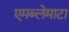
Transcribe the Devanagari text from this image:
एमब्लेमाटा